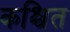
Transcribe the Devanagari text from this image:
कश्चित